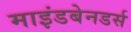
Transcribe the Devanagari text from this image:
माइंडबेनडर्स